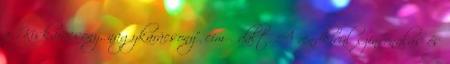
a „Kiskarácsony, nagykarácsony” című dalt. A rendkívül színvonalas és